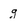
Character: g